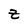
Character: Z